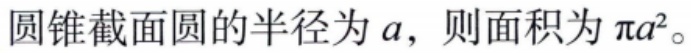
圆锥截面圆的半径为\(a\)，则面积为\(\pi a^{2}\)。